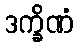
ဒက္ခိဏံ